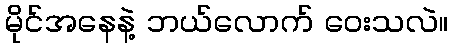
မိုင်အနေနဲ့ ဘယ်လောက် ဝေးသလဲ။